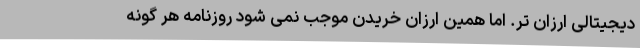
دیجیتالی ارزان تر. اما همین ارزان خریدن موجب نمی شود روزنامه هر گونه